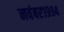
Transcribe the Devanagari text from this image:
नवंबर१९९४